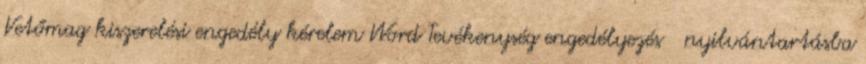
Vetőmag kiszerelési engedély kérelem Word Tevékenység engedélyezés nyilvántartásba